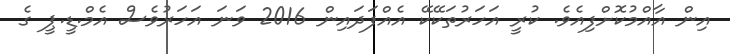
އިން އާއްމުކޮށްފިއެވެ. ކުރީ އަހަރުތަކޭކޭ އެއްފަދައިން 2016 ވަނަ އަހަރުވެސް އެމް.ޑީ.ޕީ ގެ